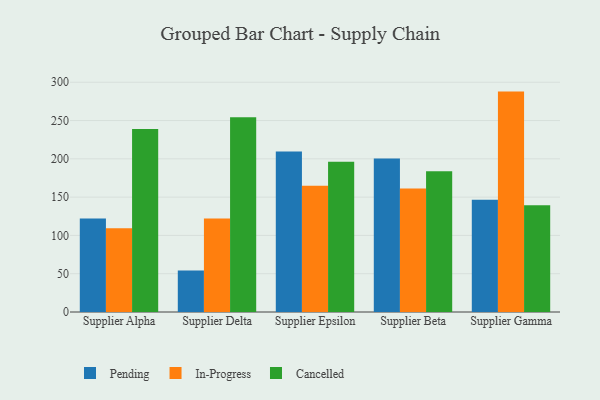
{"axis": {"x": "Supplier", "y": "LTV (USD)"}, "legend": ["Cancelled", "In-Progress", "Pending"], "data": [{"x": "Supplier Alpha", "y": 122.0, "type": "Pending"}, {"x": "Supplier Alpha", "y": 109.4, "type": "In-Progress"}, {"x": "Supplier Alpha", "y": 238.8, "type": "Cancelled"}, {"x": "Supplier Delta", "y": 54.3, "type": "Pending"}, {"x": "Supplier Delta", "y": 122.0, "type": "In-Progress"}, {"x": "Supplier Delta", "y": 254.4, "type": "Cancelled"}, {"x": "Supplier Epsilon", "y": 209.5, "type": "Pending"}, {"x": "Supplier Epsilon", "y": 164.8, "type": "In-Progress"}, {"x": "Supplier Epsilon", "y": 196.2, "type": "Cancelled"}, {"x": "Supplier Beta", "y": 200.3, "type": "Pending"}, {"x": "Supplier Beta", "y": 161.4, "type": "In-Progress"}, {"x": "Supplier Beta", "y": 183.9, "type": "Cancelled"}, {"x": "Supplier Gamma", "y": 146.7, "type": "Pending"}, {"x": "Supplier Gamma", "y": 287.8, "type": "In-Progress"}, {"x": "Supplier Gamma", "y": 139.3, "type": "Cancelled"}]}